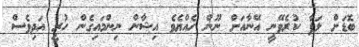
ބޮޑަށް ލަފާ ކުރެވޭނީ އޭނާއަށް ނޫން ހެއްޔެވެ އިޝާން ނިންމައިގެން ހުރީ އަދިވެސް